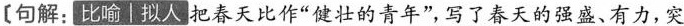
[句解:比喻|拟人 把春天比作“健壮的青年”,写了春天的强盛、有力，突